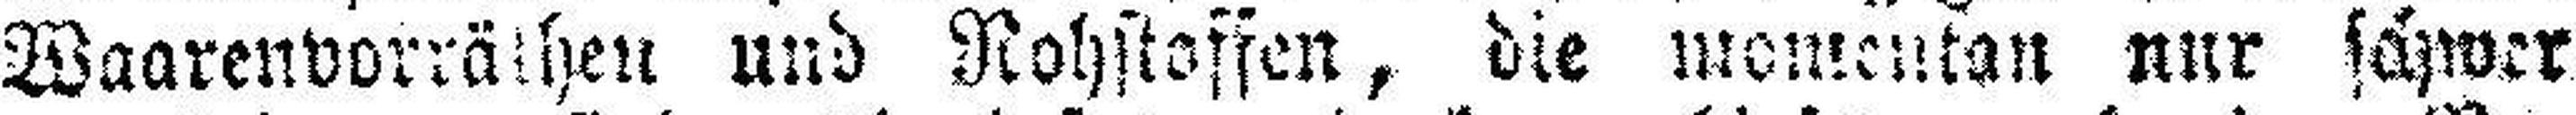
Waarenvorräthen und Rohstoffen, die momentan nur schwer